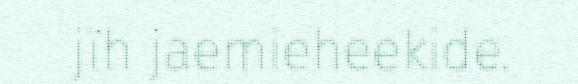
jïh jaemieheekide.